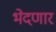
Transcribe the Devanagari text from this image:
भेदणार